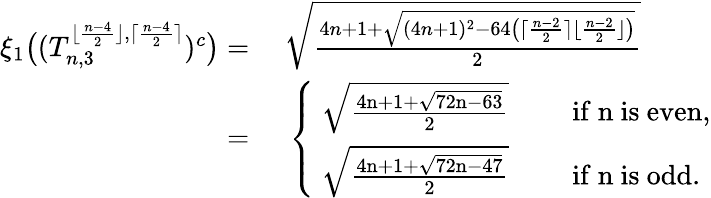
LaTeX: \begin{array}{rl}{\xi_{1}\big((T_{n,3}^{\lfloor\frac{n-4}{2}\rfloor,\lceil\frac{n-4}{2}\rceil})^{c}\big)=}&{~\sqrt{\frac{4n+1+\sqrt{(4n+1)^{2}-64\big(\lceil\frac{n-2}{2}\rceil\lfloor\frac{n-2}{2}\rfloor\big)}}{2}}}\\ {=}&{~\left\{ \begin{array}{ll}{\mathrm{~\sqrt{\frac{4n+1+\sqrt{72n-63}}{2}}~}}&{\quad\mathrm{if~n~is~even,}}\\ {\mathrm{~\sqrt{\frac{4n+1+\sqrt{72n-47}}{2}}~}}&{\quad\mathrm{if~n~is~odd.}}\end{array}\right.}\end{array}